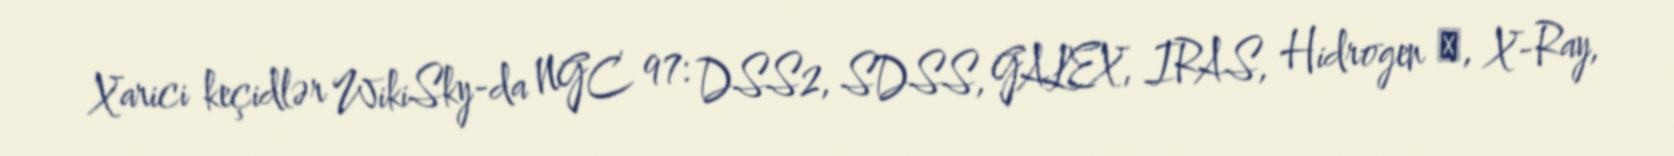
Xarici keçidlər WikiSky-da NGC 97: DSS2, SDSS, GALEX, IRAS, Hidrogen α, X-Ray,